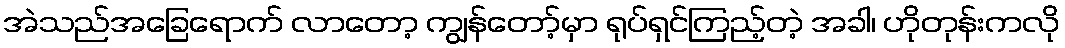
အဲသည်အခြေရောက် လာတော့ ကျွန်တော့်မှာ ရုပ်ရှင်ကြည့်တဲ့ အခါ၊ ဟိုတုန်းကလို